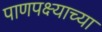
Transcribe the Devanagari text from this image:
पाणपक्ष्याच्या